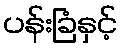
ပန်းခြံနှင့်